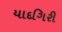
યાદગિરી